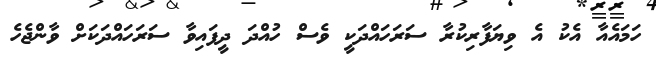
ހަމައެއާ އެކު އެ ވިޔަފާރިކުރާ ސަރަހައްދަކީ ވެސް ހުއްދަ ދީފައިވާ ސަރަހައްދަކަށް ވާންޖެހެ